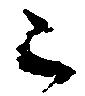
已